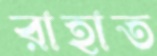
রাহাত